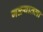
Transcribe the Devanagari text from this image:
गळ्यातला